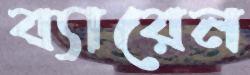
ব্যারেন